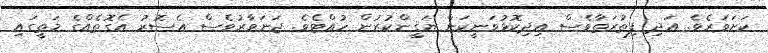
ކަށަވަރެވެ. އަދި ފިޠުރަތާވެސް އިދިކޮޅުވަނީކަން ޔަޤީންކުރުން ހުއްޓެވެ. ޖަނަވާރުވެސް އެސޮރު އެގޮތެއްގެ މަތީގައި